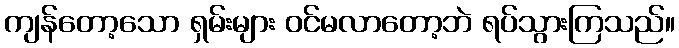
ကျန်တော့သော ရှမ်းများ ဝင်မလာတော့ဘဲ ရပ်သွားကြသည်။